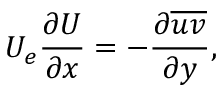
U _ { e } \frac { \partial U } { \partial x } = - \frac { \partial \overline { { u v } } } { \partial y } ,